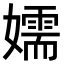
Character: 嬬